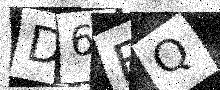
Text: D6FQ